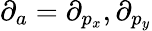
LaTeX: \partial_{a}=\partial_{p_{x}},\partial_{p_{y}}